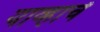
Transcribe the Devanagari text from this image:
याव्हाचें